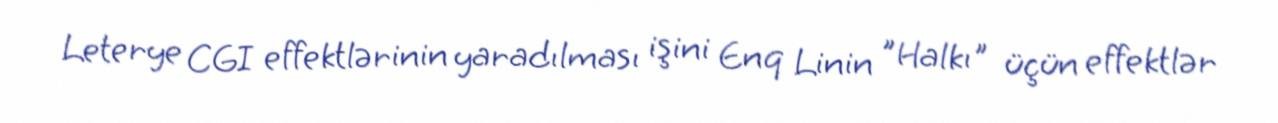
Leterye CGI effektlərinin yaradılması işini Enq Linin "Halkı" üçün effektlər